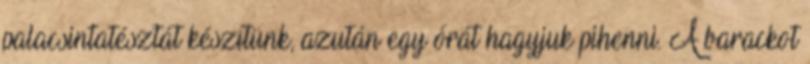
palacsintatésztát készítünk, azután egy órát hagyjuk pihenni. A barackot